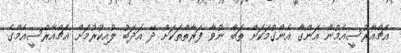
އެޗްއާރުސީއެމުން އަންގާ އެންގުމަކަށް ތަބާ ނުވާ ފަރާތްތަކަށް ދޭ އަދަބު ލުއިކުރުމަށް އެޗްއާރްސީއެމްގެ